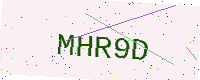
Text: MHR9D